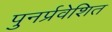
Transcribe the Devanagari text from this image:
पुनर्प्रवेशित